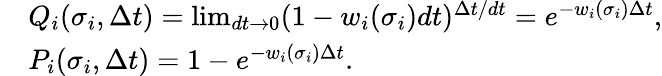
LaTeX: \begin{array}{rl}&{Q_{i}(\sigma_{i},\Delta t)=\operatorname*{lim}_{dt\rightarrow 0}(1-w_{i}(\sigma_{i})dt)^{\Delta t/dt}=e^{-w_{i}(\sigma_{i})\Delta t},}\\ &{P_{i}(\sigma_{i},\Delta t)=1-e^{-w_{i}(\sigma_{i})\Delta t}.}\end{array}